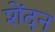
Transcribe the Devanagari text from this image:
शेंदन